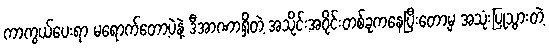
ကာကွယ်ပေးရာ မရောက်တော့ပဲနဲ့ ဒီအာဏာရှိတဲ့ အသိုင်းအဝိုင်းတစ်ခုကနေပြီးတော့မှ အသုံးပြုသွားတဲ့